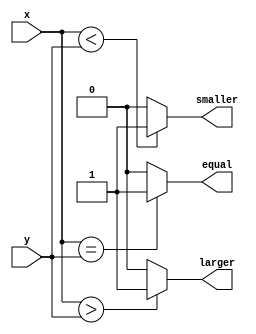
module oneBitComparator(
  input x, y,
  output larger, equal, smaller
);
assign equal = x == y ? 1 : 0;
assign larger = x > y ? 1 : 0;
assign smaller = x < y ? 1 : 0;

endmodule